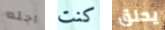
اجله كنت يحلق